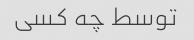
توسط چه کسی